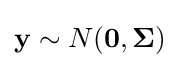
\mathbf {y} \sim N(\mathbf {0} ,{\boldsymbol {\Sigma }})